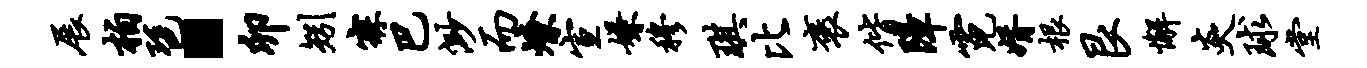
展柏琶·卯矧寐巴渺而燎宣嫌穆琪比褒偕障霓婿根艮懈炎球堂